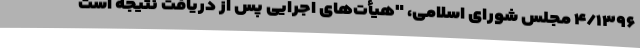
۴/۱۳۹۶ مجلس شورای اسلامی، "هیأت‌های اجرایی پس از دریافت نتیجه است